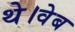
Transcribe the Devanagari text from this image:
थे।वेब